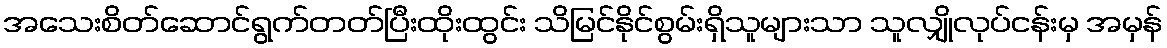
အသေးစိတ်ဆောင်ရွက်တတ်ပြီးထိုးထွင်း သိမြင်နိုင်စွမ်းရှိသူများသာ သူလျှိုလုပ်ငန်းမှ အမှန်